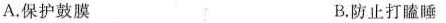
A.保护鼓膜 B.防止打瞌睡